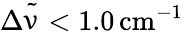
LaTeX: \Delta{\tilde{\upnu}}<1.0\, \mathrm{cm}^{-1}